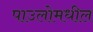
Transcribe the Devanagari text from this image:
पाउलोमधील